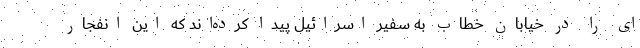
‌ای را در خیابان خطاب به سفیر اسرائیل پیدا کرده‌اند که این انفجار